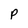
Character: P